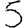
Digit: 5